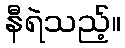
နီရဲသည့်။